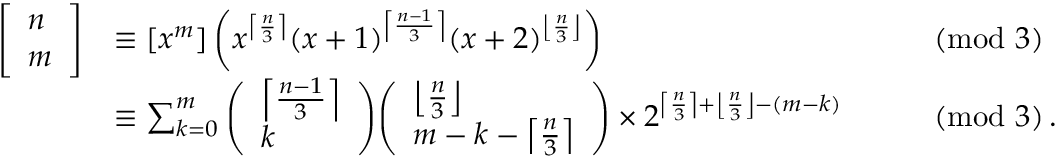
{ \begin{array} { r l r l } { { \left[ \begin{array} { l } { n } \\ { m } \end{array} \right] } } & { \equiv [ x ^ { m } ] \left( x ^ { \left\lceil { \frac { n } { 3 } } \right\rceil } ( x + 1 ) ^ { \left\lceil { \frac { n - 1 } { 3 } } \right\rceil } ( x + 2 ) ^ { \left\lfloor { \frac { n } { 3 } } \right\rfloor } \right) } & & { { \pmod { 3 } } } \\ & { \equiv \sum _ { k = 0 } ^ { m } { \left( \begin{array} { l } { \left\lceil { \frac { n - 1 } { 3 } } \right\rceil } \\ { k } \end{array} \right) } { \left( \begin{array} { l } { \left\lfloor { \frac { n } { 3 } } \right\rfloor } \\ { m - k - \left\lceil { \frac { n } { 3 } } \right\rceil } \end{array} \right) } \times 2 ^ { \left\lceil { \frac { n } { 3 } } \right\rceil + \left\lfloor { \frac { n } { 3 } } \right\rfloor - ( m - k ) } } & & { { \pmod { 3 } } \, . } \end{array} }